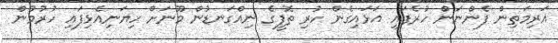
އަރިމަތިން ފެންނަން ހުރެފައި އަޅައިގެން ހުރި ތޮފީގެ ނިއްގަނޑުން މޫނަށް ހިޔަނިއެޅިފައި ހުރުމުން